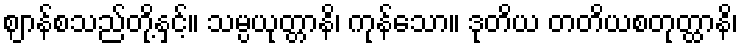
ဈာန်စသည်တို့နှင့်။ သမ္ပယုတ္တာနိ၊ ကုန်သော။ ဒုတိယ တတိယစတုတ္ထာနိ၊